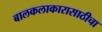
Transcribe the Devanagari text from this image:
बालकलाकारासाठीचा